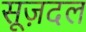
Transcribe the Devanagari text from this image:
सूज़दल